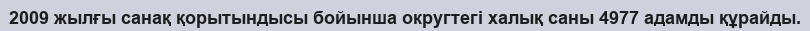
2009 жылғы санақ қорытындысы бойынша округтегі халық саны 4977 адамды құрайды.